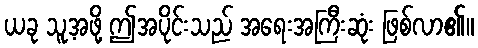
ယခု သူ့အဖို့ ဤအပိုင်းသည် အရေးအကြီးဆုံး ဖြစ်လာ၏။